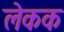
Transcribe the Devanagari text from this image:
लेकक